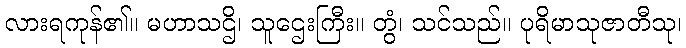
လားရကုန်၏။ မဟာသဌိ၊ သူဌေးကြီး။ တွံ၊ သင်သည်။ ပုရိမာသုဇာတီသု၊